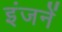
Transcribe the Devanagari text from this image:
इंजनें